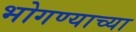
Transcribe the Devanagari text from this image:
भोगण्याच्या